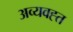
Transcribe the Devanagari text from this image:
अव्यवह्त